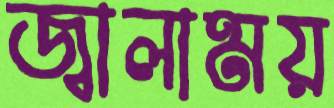
জ্বালাময়